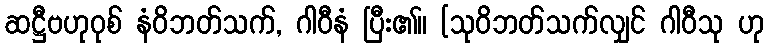
ဆဋ္ဌီဗဟုဝုစ် နံဝိဘတ်သက်, ဂါဝီနံ ပြီး၏။ [သုဝိဘတ်သက်လျှင် ဂါဝီသု ဟု